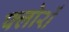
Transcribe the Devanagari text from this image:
फ्लोरों